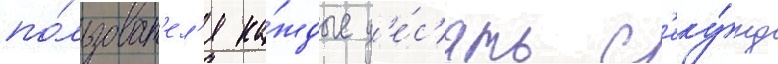
по́льзоват'ел'я ка́ждые д'е́с'ять с'еку́нд